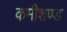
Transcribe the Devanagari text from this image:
कमीशण्ड